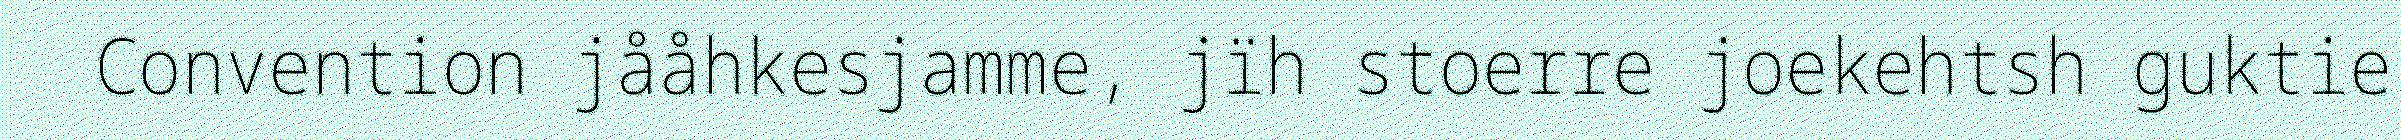
Convention jååhkesjamme, jïh stoerre joekehtsh guktie